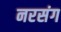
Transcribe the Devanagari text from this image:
नरसंग